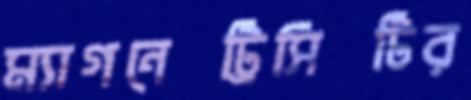
ম্যাগনেট্রিসিটির